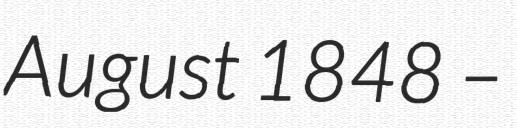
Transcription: August 1848 –